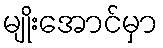
မျိုးအောင်မှာ